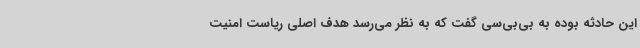
این حادثه بوده به بی‌بی‌سی گفت که به نظر می‌رسد هدف اصلی ریاست امنیت